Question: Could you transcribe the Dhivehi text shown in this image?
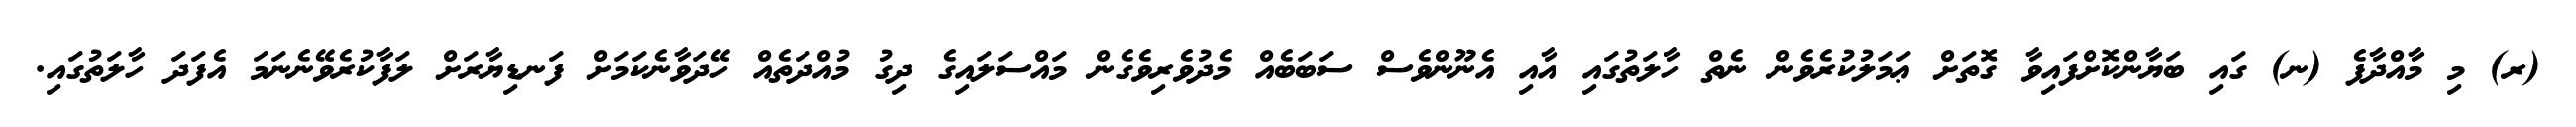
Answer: (ރ) މި މާއްދާފެ (ނ) ގައި ބަޔާންކޮށްފައިވާ ގޮތަށް ޢަމަލުކުރެވެން ނެތް ހާލަތުގައި އާއި އެނޫންވެސް ސަބަބެއް މެދުވެރިވެގެން މައްސަލައިގެ ދިގު މުއްދަތެއް ހޭދަވާނެކަމަށް ފަނޑިޔާރަށް ލަފާކުރެވޭނެނަމަ އެފަދަ ހާލަތުގައި.